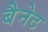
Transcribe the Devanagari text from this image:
बैेनेट